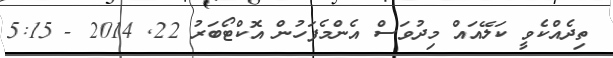
ތިދެއްކެވީ ކަލޭއައް މިދުވަސް އެންމެފަހުން އޮކްޓޯބަރު 22